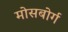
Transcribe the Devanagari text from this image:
मोसबोर्ग